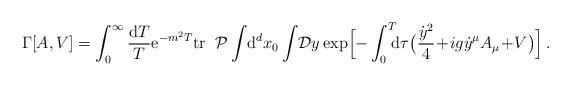
LaTeX: \begin{align*}\Gamma[A,V]=\int_0^\infty {{\rm d}T\over T} {\rm e}^{-m^2T} {\rm tr} \;\;{\cal P} \int \! \mbox{d}^d x_0 \int \! {\cal D}y \exp \Bigl[ - \int_0^T \!\!\!{\rm d}\tau \bigl( {\dot{y}^2\over 4} \!+\! i g \dot{y}^\mu A_\mu \!+\! V \bigr)\Bigr]\,. \,\,\end{align*}